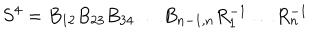
LaTeX: S ^ { 4 } = B _ { 1 2 } B _ { 2 3 } B _ { 3 4 } \dots B _ { n - 1 , n } R _ { 1 } ^ { - 1 } \dots R _ { n } ^ { - 1 }